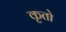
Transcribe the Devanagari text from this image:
कृतो